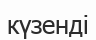
күзенді